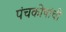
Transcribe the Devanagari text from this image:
पंचकोषांची